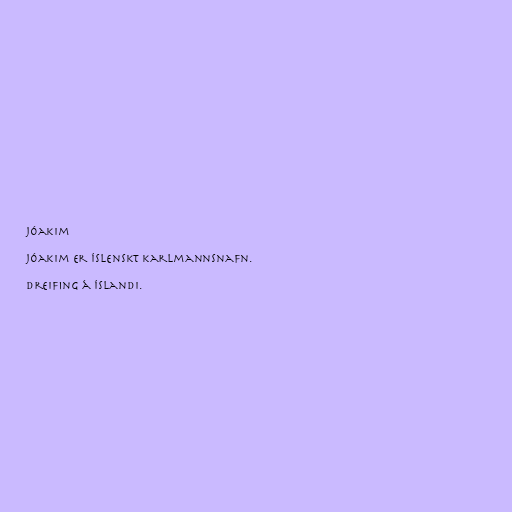
Jóakim

Jóakim er íslenskt karlmannsnafn.

Dreifing á Íslandi.